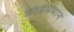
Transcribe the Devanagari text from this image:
मध्यममान